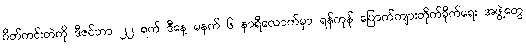
ဂိတ်ကင်းတဲကို ဒီဇင်ဘာ ၂၂ ရက် ဒီနေ့ မနက် ၆ နာရီလောက်မှာ ရန်ကုန် ပြောက်ကျားတိုက်ခိုက်ရေး အဖွဲ့တွေ